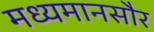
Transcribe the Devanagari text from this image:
मध्यमानसौर